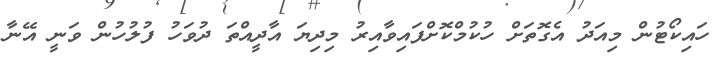
ހައިކޯޓުން މިއަދު އެގޮތަށް ހުކުމްކޮށްފައިވާއިރު މިދިޔަ އާދީއްތަ ދުވަހު ފުލުހުން ވަނީ އޭނާ